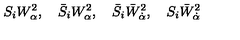
S _ { i } W _ { \alpha } ^ { 2 } , \quad \bar { S } _ { i } W _ { \alpha } ^ { 2 } , \quad \bar { S } _ { i } \bar { W } _ { \dot { \alpha } } ^ { 2 } , \quad S _ { i } \bar { W } _ { \dot { \alpha } } ^ { 2 }